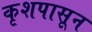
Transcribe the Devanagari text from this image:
कृशपासून